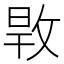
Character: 𢽎